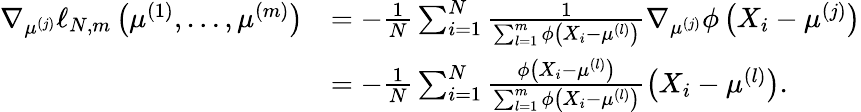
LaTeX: \begin{array}{rl}{\nabla_{\mu^{(j)}}\ell_{N,m}\left(\mu^{(1)},\ldots,\mu^{(m)}\right)}&{=-\frac{1}{N}\sum_{i=1}^{N}\frac{1}{\sum_{l=1}^{m}\phi\left(X_{i}-\mu^{(l)}\right)}\nabla_{\mu^{(j)}}\phi\left(X_{i}-\mu^{(j)}\right)}\\ &{=-\frac{1}{N}\sum_{i=1}^{N}\frac{\phi\left(X_{i}-\mu^{(l)}\right)}{\sum_{l=1}^{m}\phi\left(X_{i}-\mu^{(l)}\right)}\left(X_{i}-\mu^{(l)}\right).}\end{array}